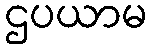
ဌပယာမ